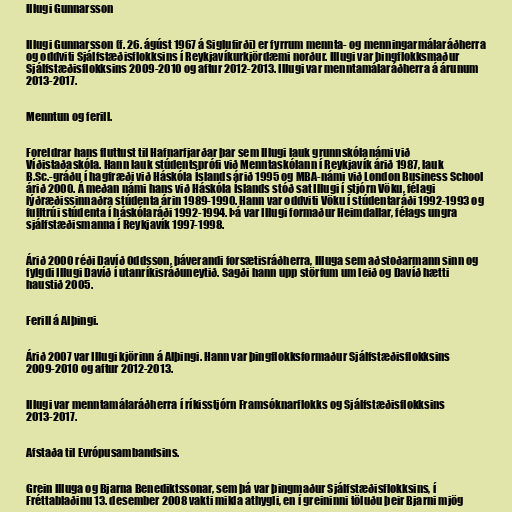
Illugi Gunnarsson

Illugi Gunnarsson (f. 26. ágúst 1967 á Siglufirði) er fyrrum mennta- og menningarmálaráðherra
og oddviti Sjálfstæðisflokksins í Reykjavíkurkjördæmi norður. Illugi var þingflokksmaður
Sjálfstæðisflokksins 2009-2010 og aftur 2012-2013. Illugi var menntamálaráðherra á árunum
2013-2017.

Menntun og ferill.

Foreldrar hans fluttust til Hafnarfjarðar þar sem Illugi lauk grunnskólanámi við
Víðistaðaskóla. Hann lauk stúdentsprófi við Menntaskólann í Reykjavík árið 1987, lauk
B.Sc.-gráðu í hagfræði við Háskóla Íslands árið 1995 og MBA-námi við London Business School
árið 2000. Á meðan námi hans við Háskóla Íslands stóð sat Illugi í stjórn Vöku, félagi
lýðræðissinnaðra stúdenta árin 1989-1990. Hann var oddviti Vöku í stúdentaráði 1992-1993 og
fulltrúi stúdenta í háskólaráði 1992-1994. Þá var Illugi formaður Heimdallar, félags ungra
sjálfstæðismanna í Reykjavík 1997-1998.

Árið 2000 réði Davíð Oddsson, þáverandi forsætisráðherra, Illuga sem aðstoðarmann sinn og
fylgdi Illugi Davíð í utanríkisráðuneytið. Sagði hann upp störfum um leið og Davíð hætti
haustið 2005.

Ferill á Alþingi.

Árið 2007 var Illugi kjörinn á Alþingi. Hann var þingflokksformaður Sjálfstæðisflokksins
2009-2010 og aftur 2012-2013.

Illugi var menntamálaráðherra í ríkisstjórn Framsóknarflokks og Sjálfstæðisflokksins
2013-2017.

Afstaða til Evrópusambandsins.

Grein Illuga og Bjarna Benediktssonar, sem þá var þingmaður Sjálfstæðisflokksins, í
Fréttablaðinu 13. desember 2008 vakti mikla athygli, en í greininni töluðu þeir Bjarni mjög